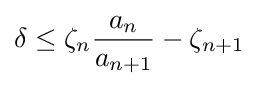
\delta \leq \zeta _{n}{\frac {a_{n}}{a_{n+1}}}-\zeta _{n+1}